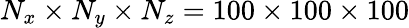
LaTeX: {N_{x}}\times{N_{y}}\times{N_{z}}=100\times 100\times 100